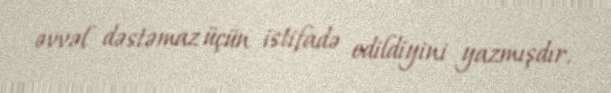
əvvəl dəstəmaz üçün istifadə edildiyini yazmışdır.